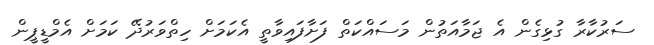
ސަރުކާރާ ގުޅިގެން އެ ޖަމާއަތުން މަސައްކަތް ފަށާފައިވާތީ އެކަމަށް ހިތްވަރުދޭ ކަމަށް އެމްޑީޕީން